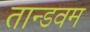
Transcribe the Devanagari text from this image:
तान्डवम